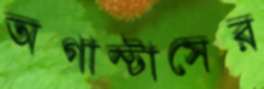
অগাস্টাসের